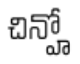
చిన్హో